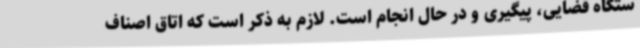
ستگاه‌ قضایی، پیگیری و در حال انجام است. لازم به ذکر است که اتاق اصناف